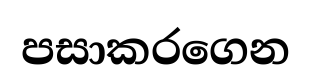
පසාකරගෙන